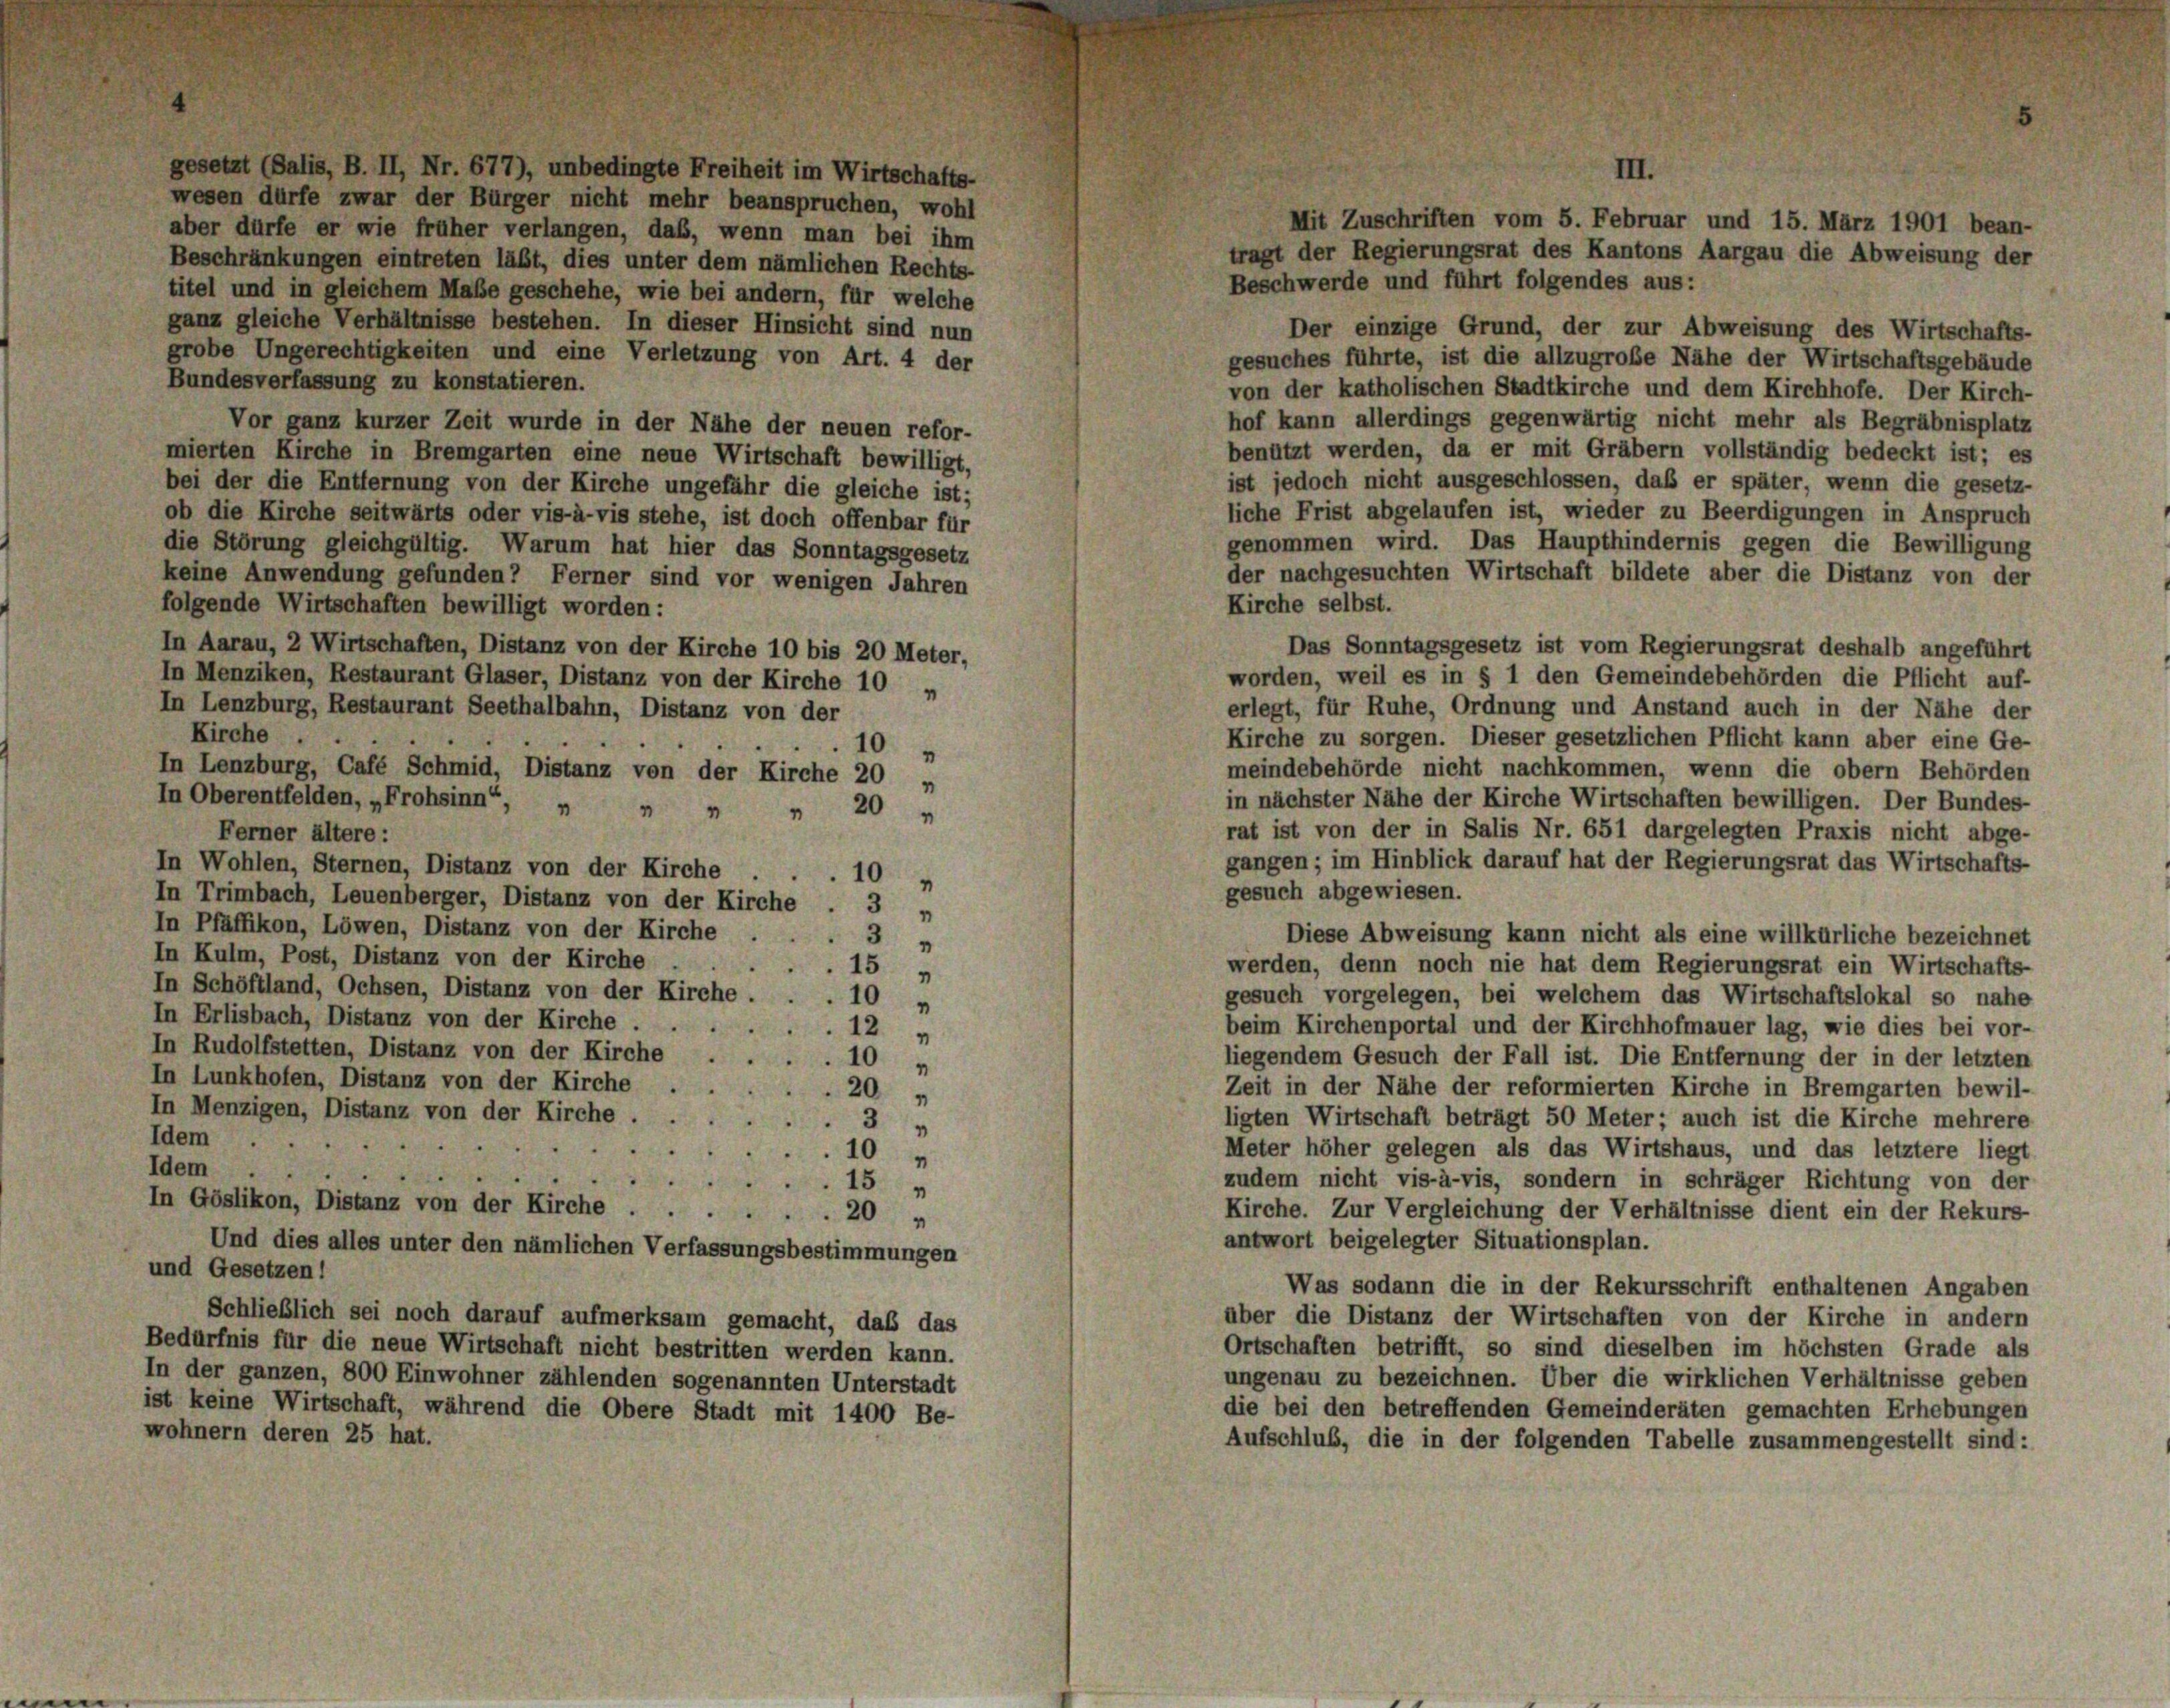
III.
wesen dürfe zwar der Bürger nicht mehr beanspruchen, wohl
Mit Zuschriften vom 5. Februar und 15. März 1901 bean-
aber dürfe er wie früher verlangen, daß, wenn man bei ihm
tragt der Regierungsrat des Kantons Aargau die Abweisung der
Beschränkungen eintreten läßt, dies unter dem nämlichen Rechts-
Beschwerde und führt folgendes aus:
titel und in gleichem Maße geschehe, wie bei andern, für welche
ganz gleiche Verhältnisse bestehen. In dieser Hinsicht sind nun
Der einzige Grund, der zur Abweisung des Wirtschafts-
grobe Ungerechtigkeiten und eine Verletzung von Art. 4 der
gesuches führte, ist die allzugroße Nähe der Wirtschaftsgebäude
Bundesverfassung zu konstatieren.
von der katholischen Stadtkirche und dem Kirchhofe. Der Kirch-
hof kann allerdings gegenwärtig nicht mehr als Begräbnisplatz
Vor ganz kurzer Zeit wurde in der Nähe der neuen refor-
benützt werden, da er mit Gräbern vollständig bedeckt ist; es
mierten Kirche in Bremgarten eine neue Wirtschaft bewilligt,
ist jedoch nicht ausgeschlossen, daß er später, wenn die gesetz-
bei der die Entfernung von der Kirche ungefähr die gleiche ist;
liche Frist abgelaufen ist, wieder zu Beerdigungen in Anspruch
ob die Kirche seitwärts oder vis-à-vis stehe, ist doch offenbar für
genommen wird. Das Haupthindernis gegen die Bewilligung
die Störung gleichgültig. Warum hat hier das Sonntagsgesetz
der nachgesuchten Wirtschaft bildete aber die Distanz von der
keine Anwendung gefunden? Ferner sind vor wenigen Jahren
Kirche selbst.
folgende Wirtschaften bewilligt worden:
Das Sonntagsgesetz ist vom Regierungsrat deshalb angeführt
In Aarau, 2 Wirtschaften, Distanz von der Kirche 10 bis 20 Meter,
worden, weil es in § 1 den Gemeindebehörden die Pflicht auf-
In Menziken, Restaurant Glaser, Distanz von der Kirche 10 u
In Lenzburg, Restaurant Seethalbahn, Distanz von der
erlegt, für Ruhe, Ordnung und Anstand auch in der Nähe der
Kirche .
Kirche zu sorgen. Dieser gesetzlichen Pflicht kann aber eine Ge-
5
meindebehörde nicht nachkommen, wenn die obern Behörden
In Lenzburg, Café Schmid, Distanz von der Kirche 20 „
in nächster Nähe der Kirche Wirtschaften bewilligen. Der Bundes-
In Oberentfelden, „Frohsinn“, „ „ „
 20
rat ist von der in Salis Nr. 651 dargelegten Praxis nicht abge-
Ferner ältere:
gangen; im Hinblick darauf hat der Regierungsrat das Wirtschafts-
In Wohlen, Sternen, Distanz von der Kirche
10
1
gesuch abgewiesen.
In Trimbach, Leuenberger, Distanz von der Kirche
3
In Pfäffikon, Löwen, Distanz von der Kirche
Diese Abweisung kann nicht als eine willkürliche bezeichnet
3
In Kulm, Post, Distanz von der Kirche .
werden, denn noch nie hat dem Regierungsrat ein Wirtschafts-
15
In Schöffland, Ochsen, Distanz von der Kirche.
gesuch vorgelegen, bei welchem das Wirtschaftslokal so nahe
10 "
In Erlisbach, Distanz von der Kirche . . .
beim Kirchenportal und der Kirchhofmauer lag, wie dies bei vor-
12
In Rudolfstetten, Distanz von der Kirche
liegendem Gesuch der Fall ist. Die Entfernung der in der letzten
10
In Lunkhofen, Distanz von der Kirche
Zeit in der Nähe der reformierten Kirche in Bremgarten bewil-
20
In Menzigen, Distanz von der Kirche .
ligten Wirtschaft beträgt 50 Meter auch ist die Kirche mehrere
3
Idem
.
Meter höher gelegen als das Wirtshaus, und das letztere liegt
10
Idem

u
zudem nicht vis-à-vis, sondern in schräger Richtung von der
15
In Göslikon, Distanz von der Kirche 20 „
Kirche. Zur Vergleichung der Verhältnisse dient ein der Rekurs
antwort beigelegter Situationsplan.
Und dies alles unter den nämlichen Verfassungsbestimmungen
und Gesetzen!
Was sodann die in der Rekursschrift enthaltenen Angaben
Schließlich sei noch darauf aufmerksam gemacht, daß das
über die Distanz der Wirtschaften von der Kirche in andern
Bedürfnis für die neue Wirtschaft nicht bestritten werden kann.
Ortschaften betrifft, so sind dieselben im höchsten Grade als
In der ganzen, 800 Einwohner zählenden sogenannten Unterstadt
ungenau zu bezeichnen. Über die wirklichen Verhältnisse geben
ist keine Wirtschaft, während die Obere Stadt mit 1400 Be-
die bei den betreffenden Gemeinderäten gemachten Erhebungen
wohnern deren 25 hat.
Aufschluß, die in der folgenden Tabelle zusammengestellt sind:

10 "